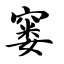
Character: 窭